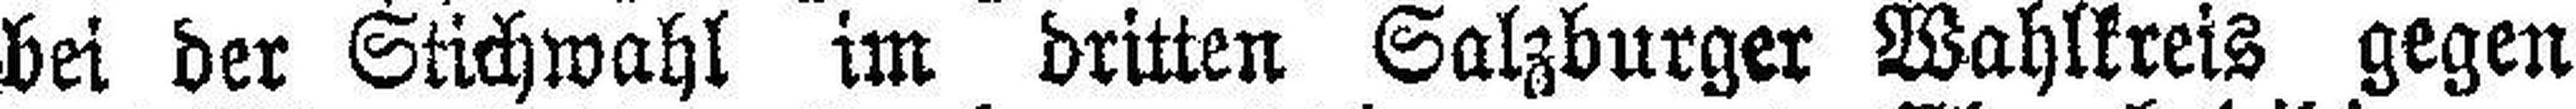
bei der Stichwahl im dritten Salzburger Wahlkreis gegen